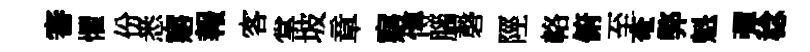
審懼份悉寤報客掌坡章寤慱腦磬陘輅俯至奄弊魁彈稔